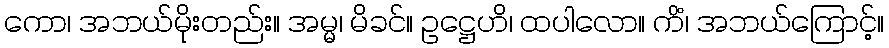
ကော၊ အဘယ်မိုးတည်း။ အမ္မ၊ မိခင်။ ဥဋ္ဌေဟိ၊ ထပါလော။ ကိံ၊ အဘယ်ကြောင့်။